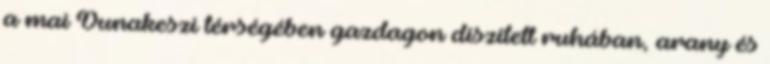
a mai Dunakeszi térségében gazdagon díszített ruhában, arany és